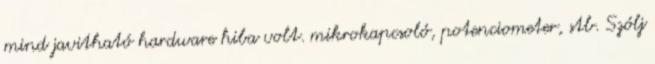
mind javitható hardware hiba volt. mikrokapcsoló, potenciometer, stb. Szólj